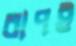
বাপই